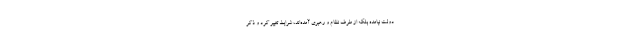
دولت نیامده بلکه از طرف نظام و رهبری آمده‌اند، شرایط تغییر کرد و ذکر